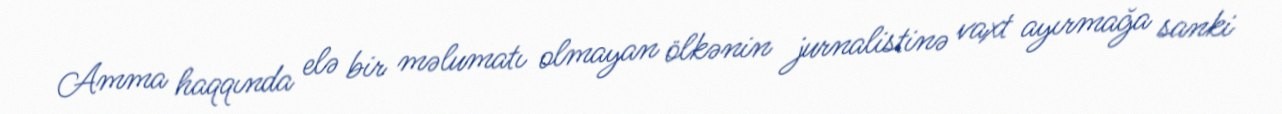
Amma haqqında elə bir məlumatı olmayan ölkənin jurnalistinə vaxt ayırmağa sanki